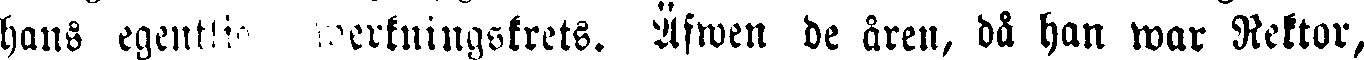
hans egentlig werkningskrets. Äfwen de åren, då han war Rektor,